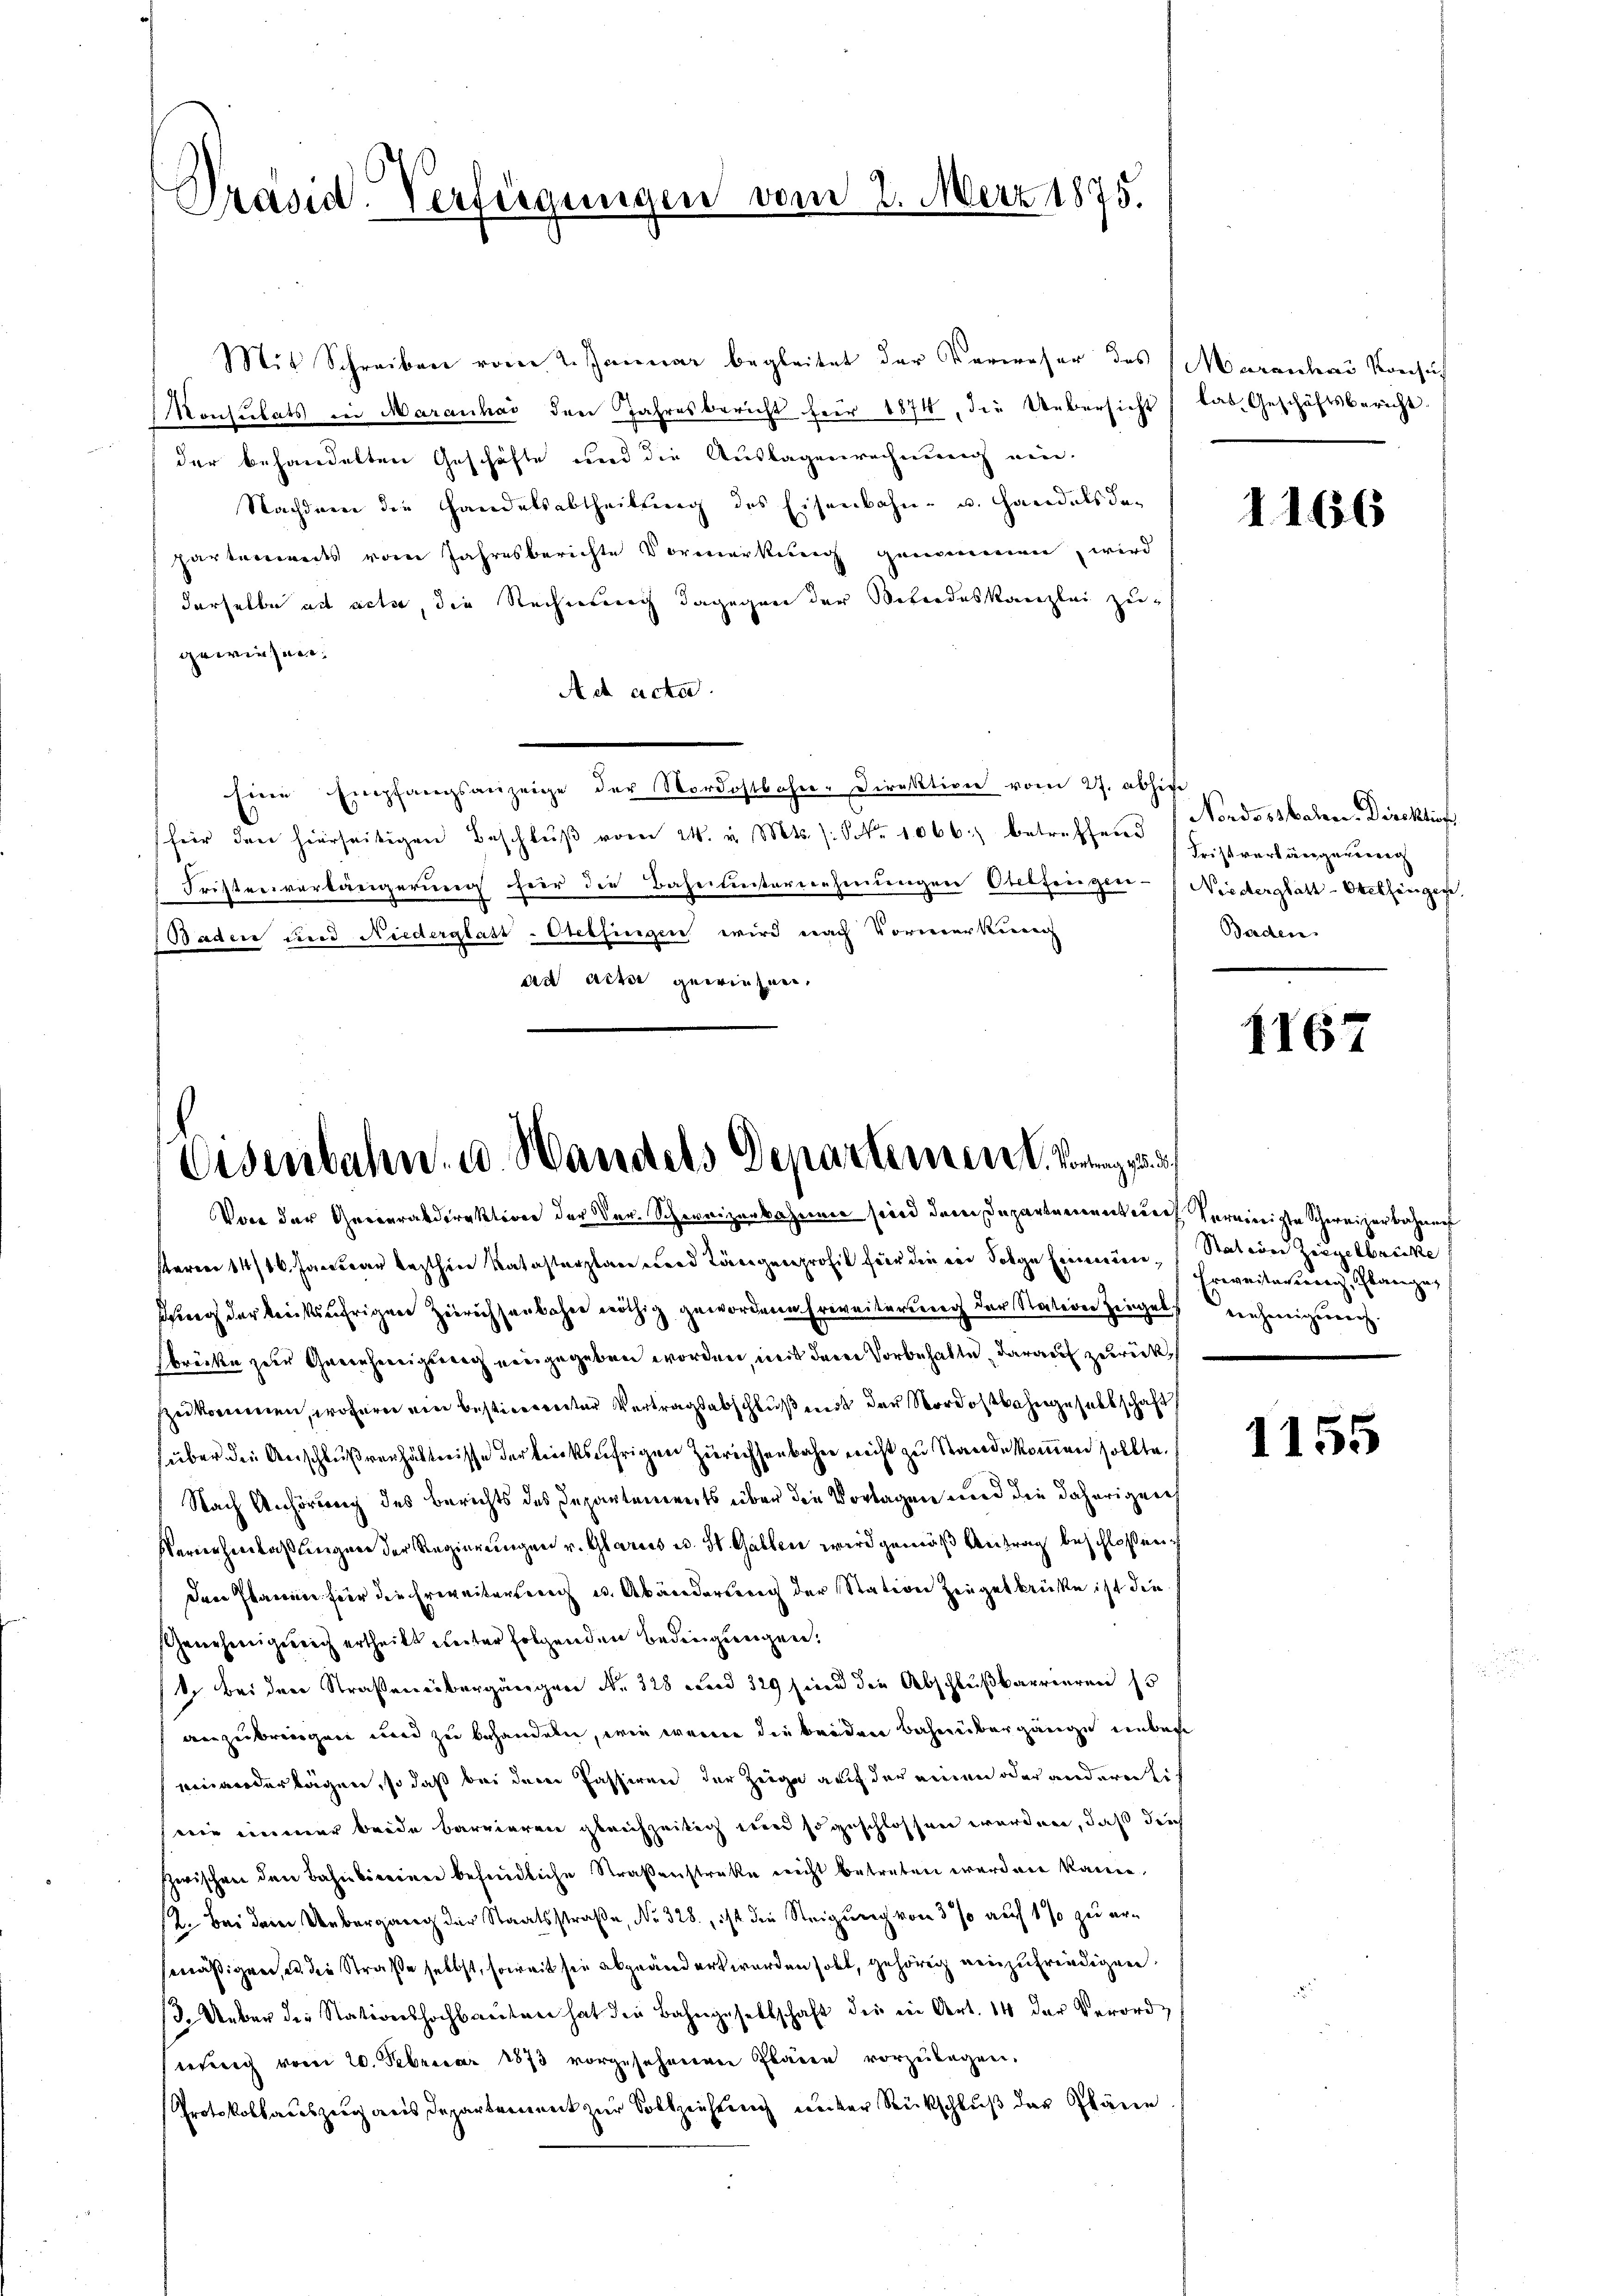
Präsid. Verfügungen vom 2. März 1875.

Mit Schreiben vom 2. Januar begleitet der Verweser des Marenhau Konsul
Konsulats in Maranhad den Jahresbericht für 1874, die Uebersicht
der behandelten Geschäfte und die Auslagenrechnung ein.
Nachdem die Handelsabtheilung des Eisenbahn- u. Handelsdepartenwerts vom Jahresberichte Vormerkung genommen, wird
derselbe ad acte, die Rechnung dagegen der Nebendeskanzlei zu
gewiesen.
Act acta.
Eine Empfangsanzeige der Nordostbahn-Direktion vom 27. absiche
für den hierseitigen Beschlŭβ vom 24. v. Mts. s. Nr. 1066 betreffene Fristverlängerŭng
Fristenverlängerung für die Bahnunternehmungen Otelfingen-Niederglatt-Otelfingen,
Baden und Niederglatt-Otelfingen wird nach Vormerkung
ad acter gewiesen,

Eisenbahn- u. Handels Departement. Vorang

kas Geschäftsbericht.

Von der Generaldirektion der Der. Schweizerbahnen sind dem Departement nach Vereinigte Schweizerbahnen
starrer 14/16. Januar lezthine Katasterplan und Längenprofil für die ein Folge feinen Station Ziegelbrücke
sung der treiksäfrigen Zürichsenbahne nöthig gewordene Erweiterung der Station Zingels einhenigernen.
brücken zur Gerechereigsnach eingegeben worden, mit derer Vorbehalte darauf zurück
szukommen, wofern ein bestimmerter Vertragsabschluß mit der Nordostbahngesellschaft
über die Anschlußverhältnisse der trinksufrigen Zürichsenbahn nicht zu Stande kommen sollte.
Nach Anhörung des Berichts des Departements über die Vorlagen und die daherigen
Vernerheerlaßungen der Regierungen v. Glarus u. H. Gallen wird gemäß Antrag beschlossen:
Drei Parente für die Erweiterung u. Abänderung der Station Zeugenbrüse ist die
Genehmigung ertheilt weiter folgenden Bedingungen.
1. Bei den Straßenübergängen Nr. 328 und 329 sind die Abschlußbarrieren so
anzubringen und zu behandeln, wie wenn die beiden Bahnübergänge unbes
einandertägen, so daß bei der Passiren der Zeige auf der einen oder anderen sich
wie immer beide barrieren gleichzeitig wird so geschlossen werden, daß durch
Zwischen den Bahnbereiner befindliche Straßenstrakte recht betreten worden könne.
12. Bei dem Uebergang der Staatsstraße, No 328, ist die Steigung von 3 % auf 1 % zu ersmäßigen, u. die Straße selbst, soweit sie abgeändert worden holt, gehörig einzufreudigen.
/3. Ueber der Nationshochbreiten hat die Bahngesellschaft der in Art. 14 der Verordteung vom 20. Februar 1873 vorgesehenen Planen vorzulegen.
Protokollauszug aus Departement zur Solkzeichtung unter Rückschluß der Plänen

1166

Nordostbahn-Direktio
Baden.

1167

Erweitagerung, Glanze,

1155